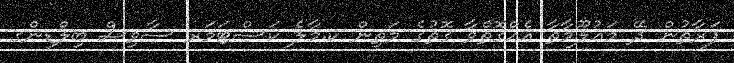
ފަރާތުން ދޭ މަޢުލޫމާތާ އެއްގޮތްވާ ގޮތުގެ މަތިން ކ.މާލެ ކަސްޓަމަރ ސާވިސް ބިލްޑިންގ